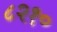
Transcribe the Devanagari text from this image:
८२१०